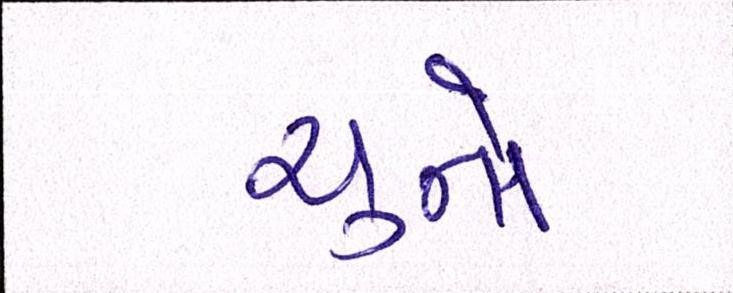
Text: ચુનો